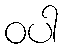
ဝပါ